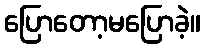
ပြောတော့မပြောခဲ့။